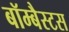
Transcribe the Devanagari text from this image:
बॉम्बैस्टस